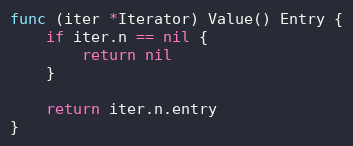
Language: Go
func (iter *Iterator) Value() Entry {
	if iter.n == nil {
		return nil
	}

	return iter.n.entry
}